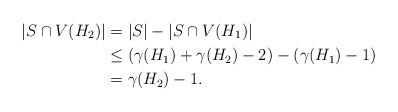
LaTeX: \begin{align*}|S\cap V(H_{2})| &= |S|-|S\cap V(H_{1})|\\&\leq (\gamma (H_{1})+\gamma (H_{2})-2)-(\gamma (H_{1})-1)\\&= \gamma (H_{2})-1.\end{align*}